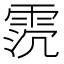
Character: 𩂸